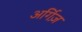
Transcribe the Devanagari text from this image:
अर्गिज़